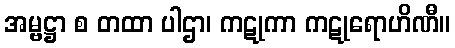
အမ္ဗဋ္ဌာ စ တထာ ပါဌာ၊ ကဋုကာ ကဋုရောဟိဏီ။